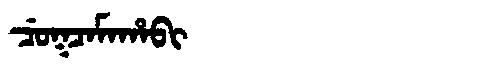
Manchu: ᠴᡠᡴᠴᠠᠮᠠᡥᠠᠪᡳ
Romanization: CUKCAMAHABI